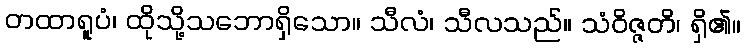
တထာရူပံ၊ ထိုသို့သဘောရှိသော။ သီလံ၊ သီလသည်။ သံဝိဇ္ဇတိ၊ ရှိ၏။